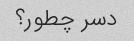
دسر چطور؟